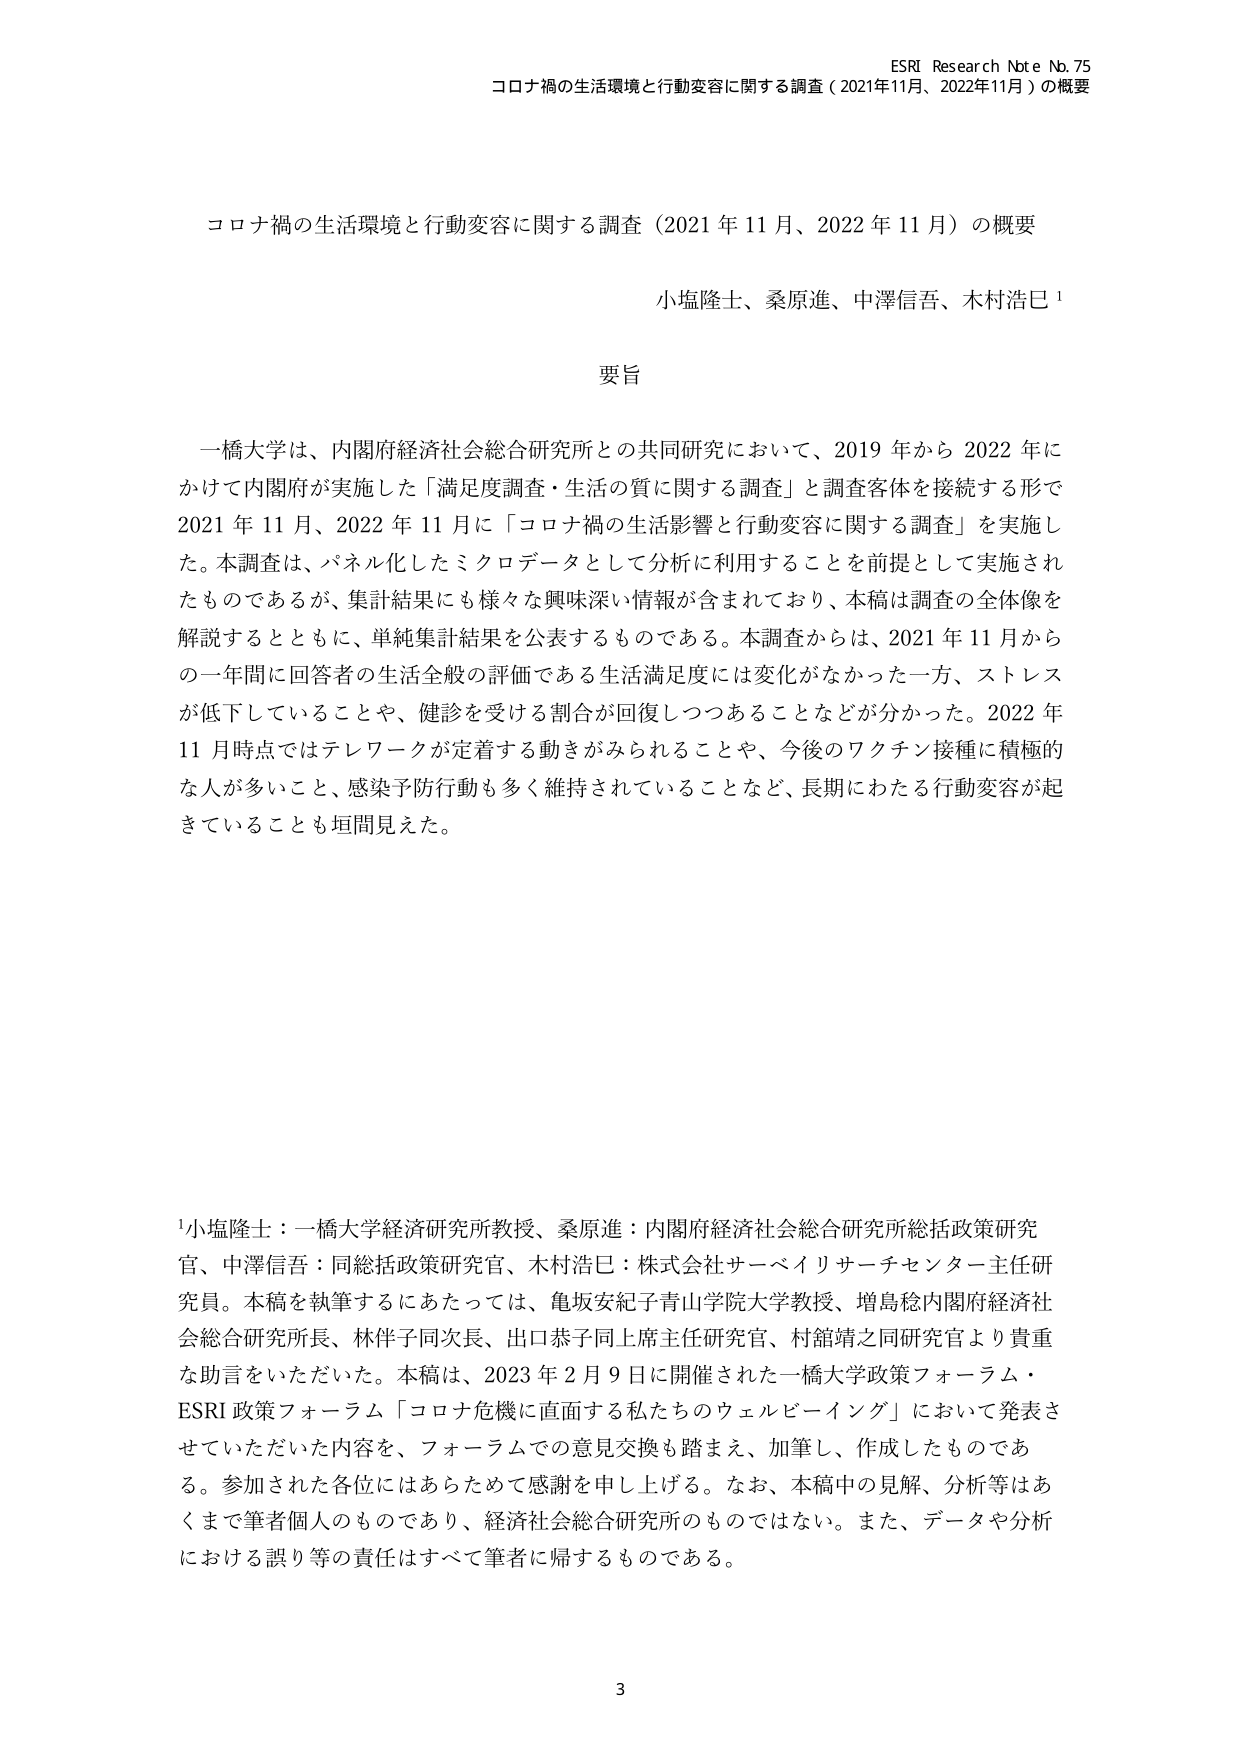
ESRI Research Note No. 75
コロナ禍の生活環境と行動変容に関する調査（2021年11月、2022年11月）の概要

コロナ禍の生活環境と行動変容に関する調査（2021年11月、2022年11月）の概要
小塩隆士、桑原進、中澤信吾、木村浩巳¹

要旨

一橋大学は、内閣府経済社会総合研究所との共同研究において、2019年から2022年にかけて内閣府が実施した「満足度調査・生活の質に関する調査」と調査客体を接続する形で2021年11月、2022年11月に「コロナ禍の生活影響と行動変容に関する調査」を実施した。本調査は、パネル化したミクロデータとして分析に利用することを前提として実施されたものであるが、集計結果にも様々な興味深い情報が含まれており、本稿は調査の全体像を解説するとともに、単純集計結果を公表するものである。本調査からは、2021年11月から的一年間に回答者の生活全般の評価である生活満足度には変化がなかった一方、ストレスが低下していることや、健診を受ける割合が回復しつつあることなどが分かった。2022年11月時点ではテレワークが定着する動きがみられることや、今後のワクチン接種に積極的な人が多いこと、感染予防行動も多く維持されていることなど、長期にわたる行動変容が起きていることも垣間見えた。

¹小塩隆士：一橋大学経済研究所教授、桑原進：内閣府経済社会総合研究所総括政策研究官、中澤信吾：同総括政策研究官、木村浩巳：株式会社サーベイリサーチセンター主任研究員。本稿を執筆するにあたっては、亀坂安紀子青山学院大学教授、増島稔内閣府経済社会総合研究所長、林伴子同次長、出口恭子同主席主任研究官、村舘靖之同研究官より貴重な助言をいただいた。本稿は、2023年2月9日に開催された一橋大学政策フォーラム・ESRI政策フォーラム「コロナ危機に直面する私たちのウェルビーイング」において発表させていただいた内容を、フォーラムでの意見交換も踏まえ、加筆し、作成したものである。参加された各位にはあらためて感謝を申し上げる。なお、本稿中の見解、分析等はあくまで筆者個人のものであり、経済社会総合研究所のものではない。また、データや分析における誤り等の責任はすべて筆者に帰するものである。

3